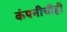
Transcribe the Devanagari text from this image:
कंपनीचीही